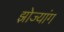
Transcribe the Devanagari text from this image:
झोज्यांग